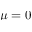
\mu = 0